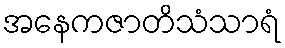
အနေကဇာတိသံသာရံ